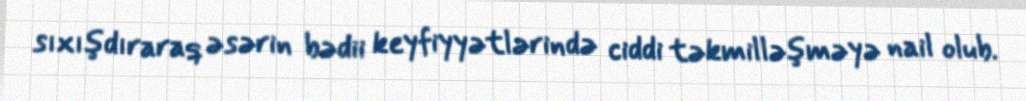
sıxışdıraraq əsərin bədii keyfiyyətlərində ciddi təkmilləşməyə nail olub.